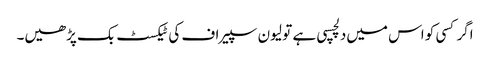
اگر کسی کو اس میں‌دلچسپی ہے تو لیون سپیراف کی ٹیکسٹ بک پڑھیں۔